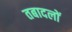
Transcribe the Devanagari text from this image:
तबादलों